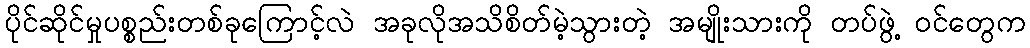
ပိုင်ဆိုင်မှုပစ္စည်းတစ်ခုကြောင့်လဲ အခုလိုအသိစိတ်မဲ့သွားတဲ့ အမျိုးသားကို တပ်ဖွဲ့ ဝင်တွေက